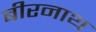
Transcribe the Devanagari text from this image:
बीरनाथ